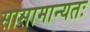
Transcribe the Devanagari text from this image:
सासामान्यतः